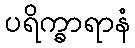
ပရိက္ခာရာနံ